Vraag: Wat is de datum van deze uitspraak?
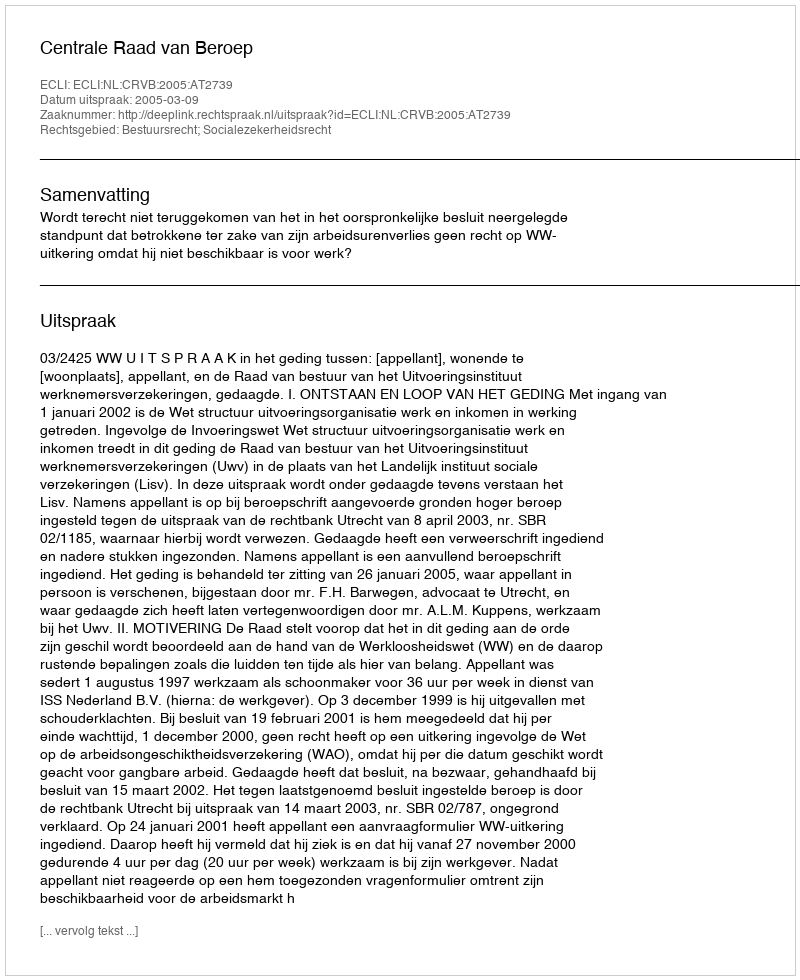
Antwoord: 2005-03-09